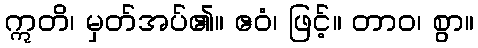
ဣတိ၊ မှတ်အပ်၏။ ဧဝံ၊ ဖြင့်။ တာဝ၊ စွာ။